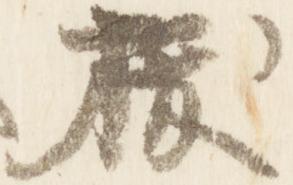
抜